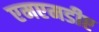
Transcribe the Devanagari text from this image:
एमएमडीए